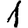
Digit: 1